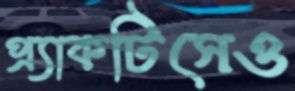
প্র্যাকটিসেও